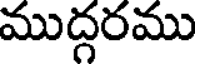
ముద్దరము